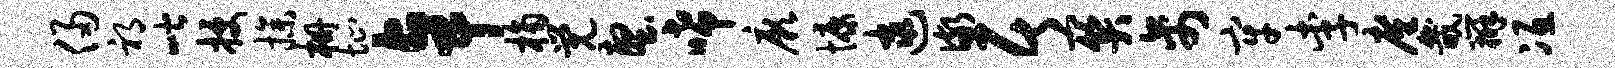
侵祁喈授操栅址卓桷觉壑唏厥慷逮儆居关禽牢李廑畿辨冱